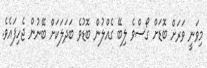
މިވަނީ ވަރަށް ބޮޑަށް ގޯސްވެ ލިބޭ ގެއްލުން ބޮޑުވެ ބަދަލަކަށް ބޭނުން ޖެހިފައެވެ.